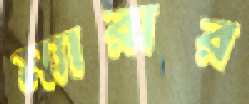
ম্যারার